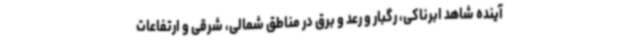
آینده شاهد ابرناکی، رگبار و رعد و برق در مناطق شمالی، شرقی و ارتفاعات